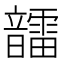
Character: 𩑆